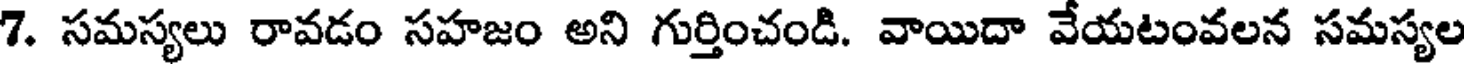
7. సమస్యలు రావడం సహజం అని గుర్తించండి. వాయిదా వేయటంవలన సమస్యల